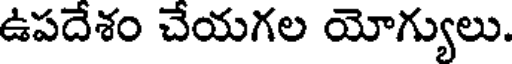
ఉపదేశం చేయగల యోగ్యులు.